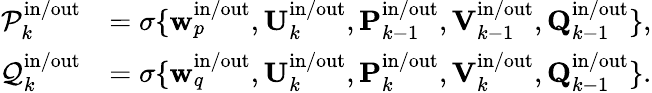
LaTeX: \begin{array}{rl}{\mathcal{P}_{k}^{\mathrm{in}/\mathrm{out}}}&{=\sigma\lbrace\mathbf{w}_{p}^{\mathrm{in}/\mathrm{out}},\mathbf{U}_{k}^{\mathrm{in}/\mathrm{out}},\mathbf{P}_{k-1}^{\mathrm{in}/\mathrm{out}},\mathbf{V}_{k-1}^{\mathrm{in}/\mathrm{out}},\mathbf{Q}_{k-1}^{\mathrm{in}/\mathrm{out}}\rbrace,}\\ {\mathcal{Q}_{k}^{\mathrm{in}/\mathrm{out}}}&{=\sigma\lbrace\mathbf{w}_{q}^{\mathrm{in}/\mathrm{out}},\mathbf{U}_{k}^{\mathrm{in}/\mathrm{out}},\mathbf{P}_{k}^{\mathrm{in}/\mathrm{out}},\mathbf{V}_{k}^{\mathrm{in}/\mathrm{out}},\mathbf{Q}_{k-1}^{\mathrm{in}/\mathrm{out}}\rbrace.}\end{array}